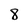
Character: 8